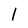
Character: l